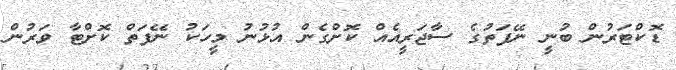
ޑޮކްޓަރުން ބުނީ ނޭފަތުގެ ސާޖަރީއެއް ކޮށްގެން އުޅުނު މީހަކު ނޭފަތް ކޮށްޓާ ވަރުން